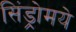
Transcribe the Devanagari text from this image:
सिंड्रोमये